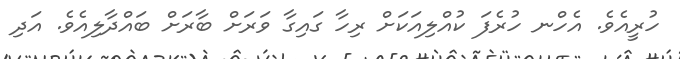
ހުރީއެވެ. އެހްނ ހުރެފަ ކުއްލިއަކަށް ރިހާ ގައިގާ ވަރަށް ބާރަށް ބައްދާލިއެވެ. އަދި